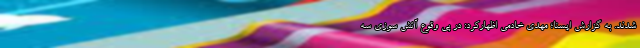
شدند. به گزارش ایسنا؛ مهدی خادمی اظهارکرد: در پی وقوع آتش سوزی سه